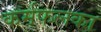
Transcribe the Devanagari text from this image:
कर्मफलका